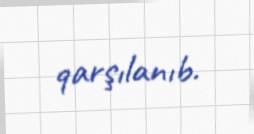
qarşılanıb.